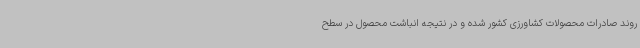
روند صادرات محصولات کشاورزی کشور شده و در نتیجه انباشت محصول در سطح